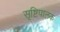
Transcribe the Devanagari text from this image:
सृष्टिपालक